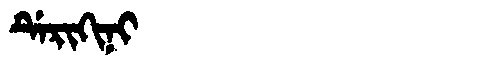
Manchu: ᡩᡝᡵᡳᡴᡳᠨᡳ
Romanization: DERIKINI